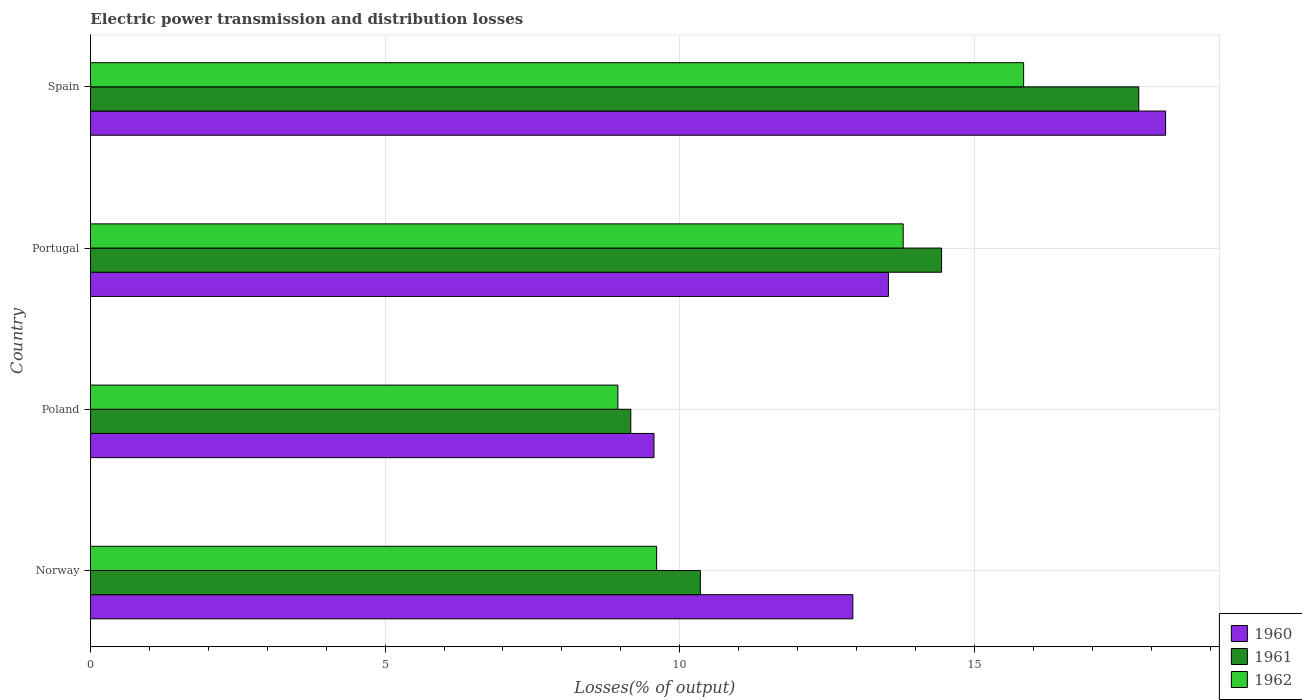
| Country | 1960 | 1961 | 1962 |
 | --- | --- | --- | --- |
 | Norway | 12.9 | 10.3 | 9.61 |
 | Poland | 9.56 | 9.17 | 8.95 |
 | Portugal | 13.5 | 14.4 | 13.8 |
 | Spain | 18.2 | 17.8 | 15.8 |